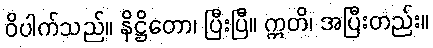
ဝိပါက်သည်။ နိဋ္ဌိတော၊ ပြီးပြီ။ ဣတိ၊ အပြီးတည်း။